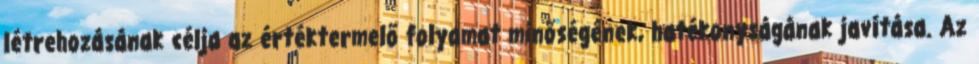
létrehozásának célja az értéktermelő folyamat minőségének, hatékonyságának javítása. Az